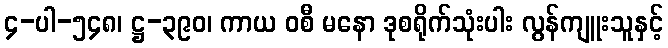
၄-ပါ-၅၄၈၊ ဋ္ဌ-၃၉၀၊ ကာယ ဝစီ မနော ဒုစရိုက်သုံးပါး လွန်ကျူးသူနှင့်